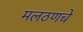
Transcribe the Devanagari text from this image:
मलठणचे